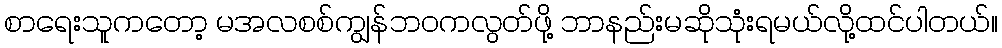
စာရေးသူကတော့ မအလစစ်ကျွန်ဘဝကလွတ်ဖို့ ဘာနည်းမဆိုသုံးရမယ်လို့ထင်ပါတယ်။